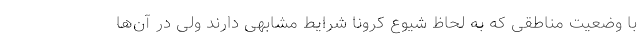
با وضعیت مناطقی که به لحاظ شیوع کرونا شرایط مشابهی دارند ولی در آن‌ها